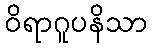
ဝိရာဂူပနိသာ